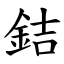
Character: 銡